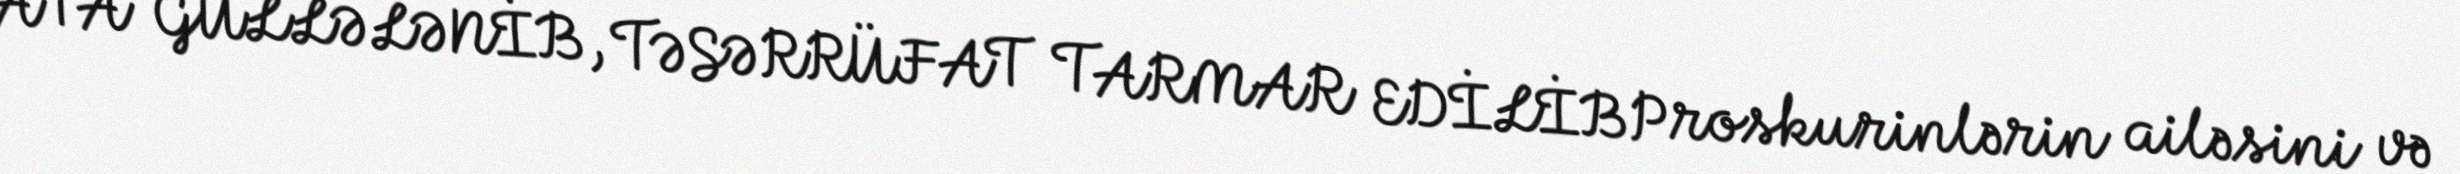
ATA GÜLLƏLƏNİB, TƏSƏRRÜFAT TARMAR EDİLİBProskurinlərin ailəsini və